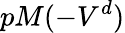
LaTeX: pM(-V^{d})